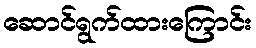
ဆောင်ရွက်ထားကြောင်း